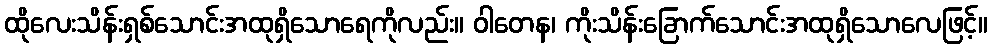
ထိုလေးသိန်းရှစ်သောင်းအထုရှိသောရေကိုလည်း။ ဝါတေန၊ ကိုးသိန်းခြောက်သောင်းအထုရှိသောလေဖြင့်။